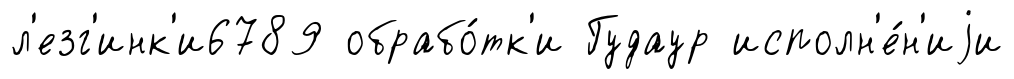
л'езг'инк'и6789 обрабо́тк'и Гудаур исполн'е́н'иjи